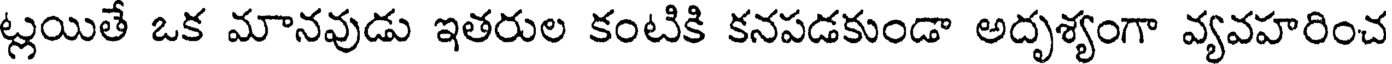
ట్లయితే ఒక మానవుడు ఇతరుల కంటికి కనపడకుండా అదృశ్యంగా వ్యవహరించ